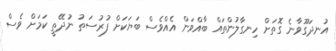
އުނދަގޫވާނެ ގޮތަށް ހިނގާލުންތައް ބާއްވަން އެއްވެސް ބަޔަކަށް ފުރުސަތު ނުދޭތީ ކަމަށް ވެސް